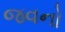
જવનો